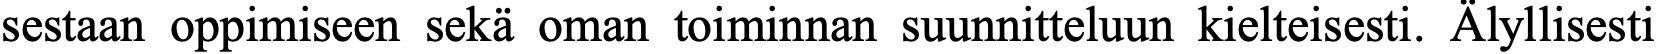
sestaan oppimiseen sekä oman toiminnan suunnitteluun kielteisesti. Älyllisesti